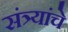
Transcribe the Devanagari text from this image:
संत्र्यांचे